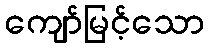
ကျော်မြင့်သော